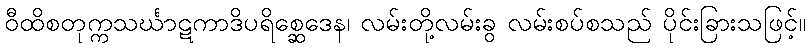
ဝီထိစတုက္ကသင်္ဃာဋကာဒိပရိစ္ဆေဒေန၊ လမ်းတို့လမ်းခွ လမ်းစပ်စသည် ပိုင်းခြားသဖြင့်။